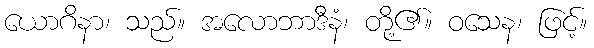
ယောဂိနာ၊ သည်။ အလောဘာဒီနံ၊ တို့၏။ ဝသေန၊ ဖြင့်။